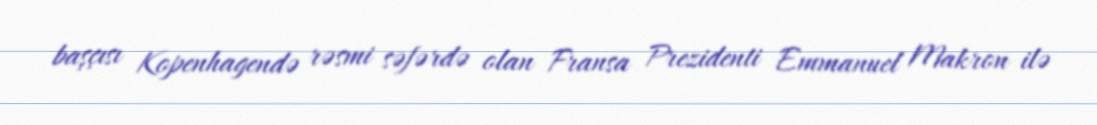
başçısı Kopenhagendə rəsmi səfərdə olan Fransa Prezidenti Emmanuel Makron ilə